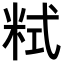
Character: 𥹨